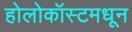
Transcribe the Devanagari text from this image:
होलोकॉस्टमधून